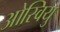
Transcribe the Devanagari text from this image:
ओस्वियु